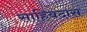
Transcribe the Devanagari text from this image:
साहिबदास